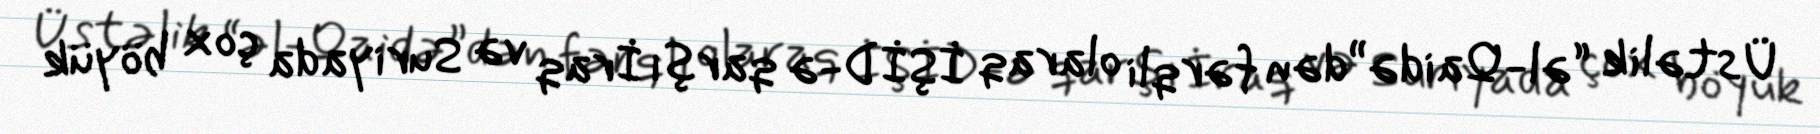
Üstəlik “əl-Qaidə”dən fərqli olaraq İŞİD-ə qarşı İraq və Suriyada çox böyük